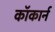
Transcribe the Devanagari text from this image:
कॉकार्न